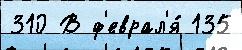
310 В ф'еврал'я́ 135